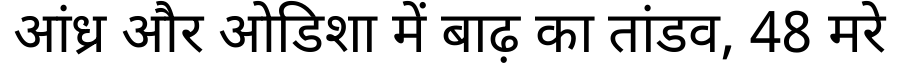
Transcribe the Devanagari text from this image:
आंध्र और ओडिशा में बाढ़ का तांडव, 48 मरे